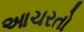
આચરતો